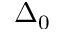
\Delta _ { 0 }